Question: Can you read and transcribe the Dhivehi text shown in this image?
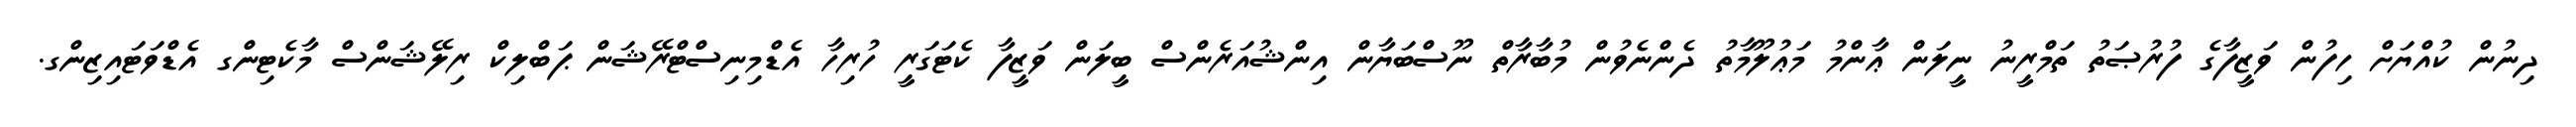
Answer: ދިނުން ކުއްޔަށް ހިފުން ވަޒީފާގެ ފުރުޞަތު ތަމްރީނު ނީލަން ޢާންމު މަޢުލޫމާތު ދެންނެވުން މުބާރާތް ނޫސްބަޔާން އިންޝުއަރެންސް ބީލަން ވަޒީފާ ކެޓަގަރީ ހުރިހާ އެޑްމިނިސްޓްރޭޝަން ޕަބްލިކް ރިލޭޝަންސް މާކެޓިންގ އެޑްވަޓައިޒިންގ.